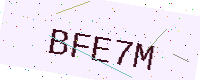
Text: BFE7M